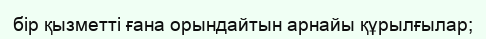
бір қызметті ғана орындайтын арнайы құрылғылар;